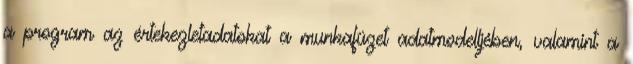
a program az értekezletadatokat a munkafüzet adatmodelljében, valamint a